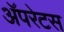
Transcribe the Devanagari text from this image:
अॅपरेटस